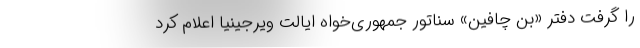
را گرفت دفتر «بن چافین» سناتور جمهوری‌خواه ایالت ویرجینیا اعلام کرد